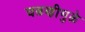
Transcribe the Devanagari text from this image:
चढणीमुळे